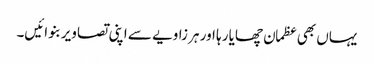
یہاں بھی عظمان چھایا رہا اور ہر زاویے سے اپنی تصاویر بنوائیں۔